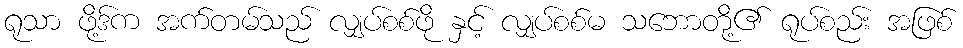
ရုသာ ဖို့ဒ်က အက်တမ်သည် လျှပ်စစ်ဖို နှင့် လျှပ်စစ်မ သဘောတို့၏ ရုပ်စည်း အဖြစ်